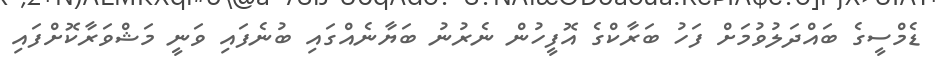
ޑެމްސީގެ ބައްދަލުވުމަށް ފަހު ބަރާކްގެ އޮފީހުން ނެރުނު ބަޔާނެއްގައި ބުނެފައި ވަނީ މަޝްވަރާކޮށްފައި